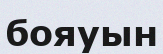
бояуын